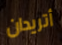
أتريدان